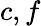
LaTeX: c,f